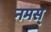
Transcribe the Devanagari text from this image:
नमस्‌